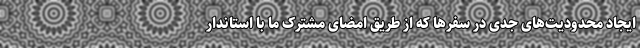
ایجاد محدودیت‌های جدی در سفرها که از طریق امضای مشترک ما با استاندار